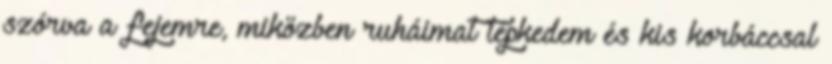
szórva a fejemre, miközben ruháimat tépkedem és kis korbáccsal